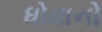
ધોવાનો